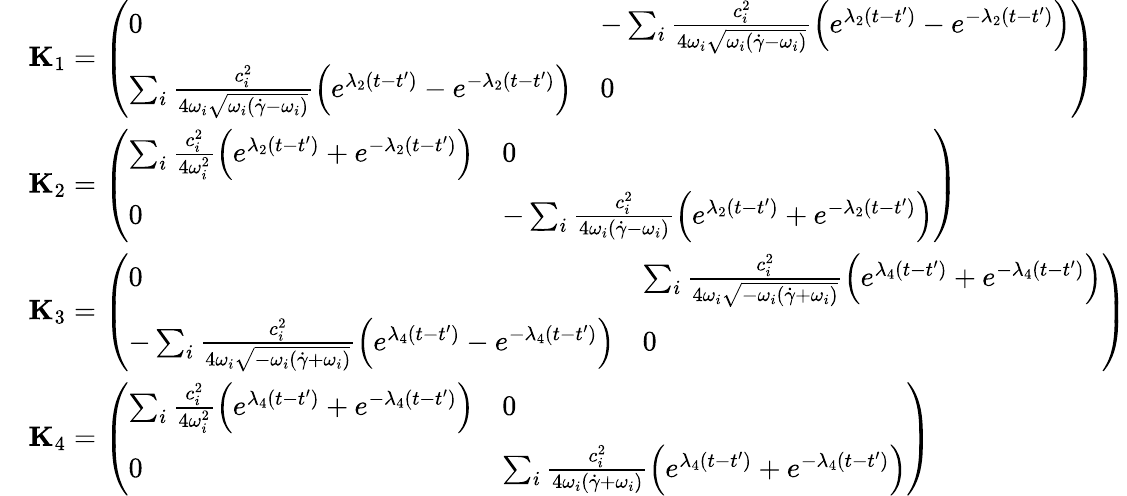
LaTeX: \begin{array}{rl}&{\mathbf{{K}}_{1}=\left(\begin{array}{ll}{0}&{-\sum_{i}\frac{c_{i}^{2}}{4\omega_{i}\sqrt{\omega_{i}(\dot{\gamma}-\omega_{i})}}\Bigl(e^{\lambda_{2}(t-t^{\prime})}-e^{-\lambda_{2}(t-t^{\prime})}\Bigr)}\\ {\sum_{i}\frac{c_{i}^{2}}{4\omega_{i}\sqrt{\omega_{i}(\dot{\gamma}-\omega_{i})}}\Bigl(e^{\lambda_{2}(t-t^{\prime})}-e^{-\lambda_{2}(t-t^{\prime})}\Bigr)}&{0}\end{array}\right)}\\ &{\mathbf{{K}}_{2}=\left(\begin{array}{ll}{\sum_{i}\frac{c_{i}^{2}}{4\omega_{i}^{2}}\Bigl(e^{\lambda_{2}(t-t^{\prime})}+e^{-\lambda_{2}(t-t^{\prime})}\Bigr)}&{0}\\ {0}&{-\sum_{i}\frac{c_{i}^{2}}{4\omega_{i}(\dot{\gamma}-\omega_{i})}\Bigl(e^{\lambda_{2}(t-t^{\prime})}+e^{-\lambda_{2}(t-t^{\prime})}\Bigr)}\end{array}\right)}\\ &{\mathbf{{K}}_{3}=\left(\begin{array}{ll}{0}&{\sum_{i}\frac{c_{i}^{2}}{4\omega_{i}\sqrt{-\omega_{i}(\dot{\gamma}+\omega_{i})}}\Bigl(e^{\lambda_{4}(t-t^{\prime})}+e^{-\lambda_{4}(t-t^{\prime})}\Bigr)}\\ {-\sum_{i}\frac{c_{i}^{2}}{4\omega_{i}\sqrt{-\omega_{i}(\dot{\gamma}+\omega_{i})}}\Bigl(e^{\lambda_{4}(t-t^{\prime})}-e^{-\lambda_{4}(t-t^{\prime})}\Bigr)}&{0}\end{array}\right)}\\ &{\mathbf{{K}}_{4}=\left(\begin{array}{ll}{\sum_{i}\frac{c_{i}^{2}}{4\omega_{i}^{2}}\Bigl(e^{\lambda_{4}(t-t^{\prime})}+e^{-\lambda_{4}(t-t^{\prime})}\Bigr)}&{0}\\ {0}&{\sum_{i}\frac{c_{i}^{2}}{4\omega_{i}(\dot{\gamma}+\omega_{i})}\Bigl(e^{\lambda_{4}(t-t^{\prime})}+e^{-\lambda_{4}(t-t^{\prime})}\Bigr)}\end{array}\right)}\end{array}